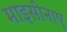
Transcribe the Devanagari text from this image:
माइसीनाए